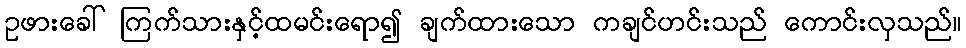
ဥဖားခေါ် ကြက်သားနှင့်ထမင်းရော၍ ချက်ထားသော ကချင်ဟင်းသည် ကောင်းလှသည်။